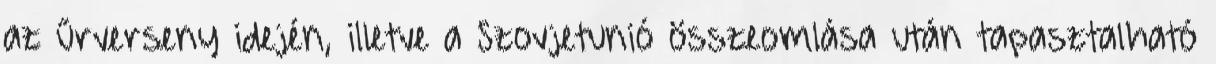
az űrverseny idején, illetve a Szovjetunió összeomlása után tapasztalható